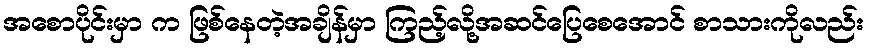
အစောပိုင်းမှာ က ဖြစ်နေတဲ့အချိန်မှာ ကြည့်လို့အဆင်ပြေစေအောင် စာသားကိုလည်း